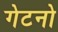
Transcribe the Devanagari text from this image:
गेटनो